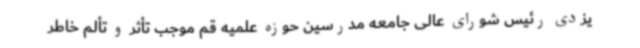
یزدی رئیس شورای عالی جامعه مدرسین حوزه علمیه قم موجب تأثر و تألم خاطر